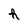
Character: h